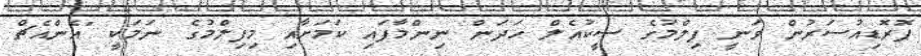
ޕޮރޮޑިއުސަރުން ވަނީ ފިލްމުގެ ސީކުއެލް ހަދަން ނިންމާފައި ކަމަށާއި މިފިލްމުގެ ނަމަކީ "އެންއެޗް